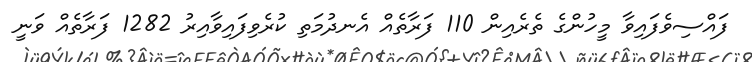
ފައްސިވެފައިވާ މީހުންގެ ތެރެއިން 110 ފަރާތެއް އެނދުމަތި ކުރެވިފައިވާއިރު 1282 ފަރާތެއް ވަނީ